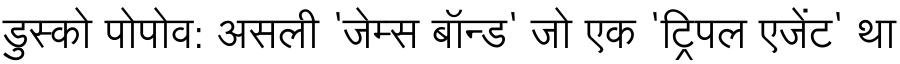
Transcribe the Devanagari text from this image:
डुस्को पोपोव: असली 'जेम्स बॉन्ड' जो एक 'ट्रिपल एजेंट' था